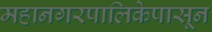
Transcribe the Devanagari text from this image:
महानगरपालिकेपासून